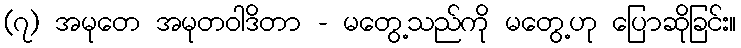
(၇) အမုတေ အမုတဝါဒိတာ - မတွေ့သည်ကို မတွေ့ဟု ပြောဆိုခြင်း။